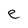
Character: e